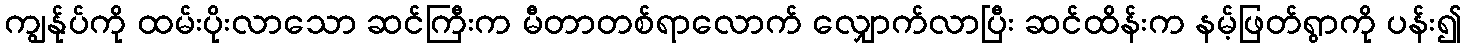
ကျွန်ုပ်ကို ထမ်းပိုးလာသော ဆင်ကြီးက မီတာတစ်ရာလောက် လျှောက်လာပြီး ဆင်ထိန်းက နမ့်ဖြတ်ရွာကို ပန်း၍